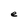
Character: e